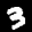
Label: 3